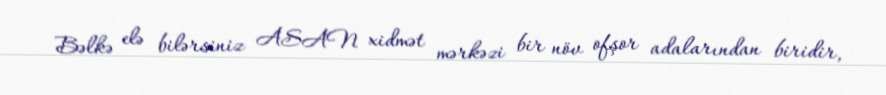
Bəlkə elə bilərsiniz ASAN xidmət mərkəzi bir növ ofşor adalarından biridir,